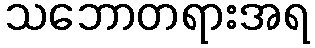
သဘောတရားအရ